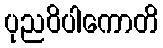
ပုညဝိပါကောတိ